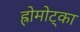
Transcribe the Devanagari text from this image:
ह्रोमोट्का